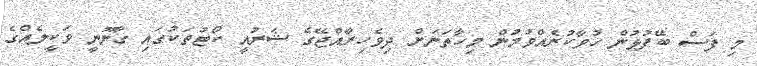
މި ފަސް ބޭފުޅުން ހުވާކުރެއްވުމުން މިހާތަނަށް ދިވެހިރާއްޖޭގެ ޝަރުއީ ކޯޓުތަކުގައި ގާނޫނީ ވަކީލެއްގެ